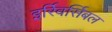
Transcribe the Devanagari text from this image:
इर्रिवर्सिबल